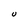
Character: U